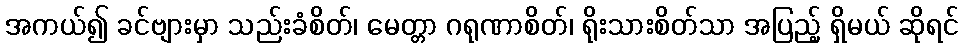
အကယ်၍ ခင်ဗျားမှာ သည်းခံစိတ်၊ မေတ္တာ ဂရုဏာစိတ်၊ ရိုးသားစိတ်သာ အပြည့် ရှိမယ် ဆိုရင်